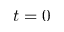
t = 0